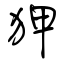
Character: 狎